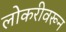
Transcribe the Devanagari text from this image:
लोकरीवरून